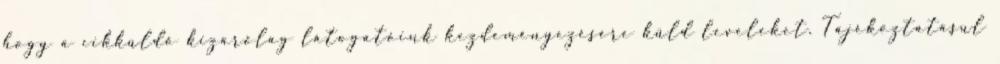
hogy a cikküldő kizárólag látogatóink kezdeményezésére küld leveleket. Tájékoztatásul